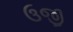
ઉજી